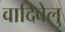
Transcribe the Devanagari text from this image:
वादिवेलु